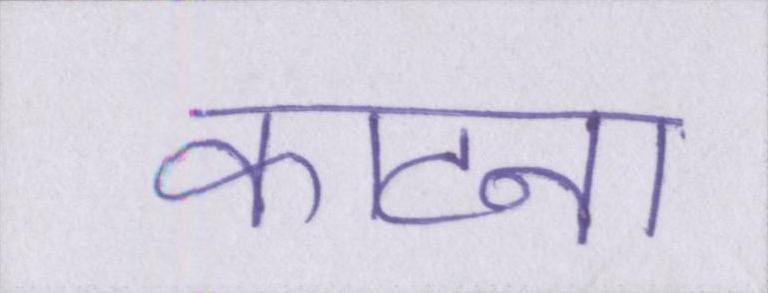
काटना